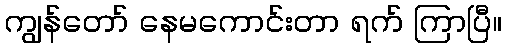
ကျွန်တော် နေမကောင်းတာ ရက် ကြာပြီ။